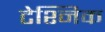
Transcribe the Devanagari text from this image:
टेश्निक